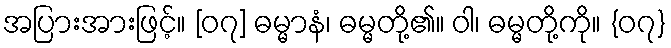
အပြားအားဖြင့်။ [၀၇] ဓမ္မာနံ၊ ဓမ္မတို့၏။ ဝါ၊ ဓမ္မတို့ကို။ {၀၇}